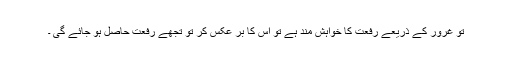
تو غرور کے ذریعے رفعت کا خواہش مند ہے تو اس کا بر عکس کر تو تجھے رفعت حاصل ہو جائے گی ۔